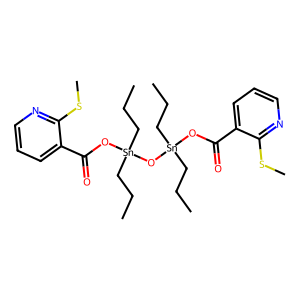
SMILES: CCC[Sn](CCC)(OC(=O)c1cccnc1SC)O[Sn](CCC)(CCC)OC(=O)c1cccnc1SC
Inhibits HIV replication: No